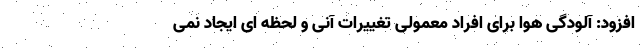
افزود: آلودگی هوا برای افراد معمولی تغییرات آنی و لحظه ای ایجاد نمی